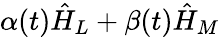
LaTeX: \alpha(t)\hat{H}_{L}+\beta(t)\hat{H}_{M}